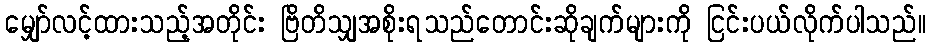
မျှော်လင့်ထားသည့်အတိုင်း ဗြိတိသျှအစိုးရသည်တောင်းဆိုချက်များကို ငြင်းပယ်လိုက်ပါသည်။